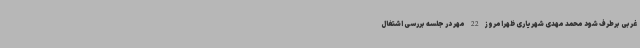
غربی برطرف شود محمد مهدی شهریاری ظهرامروز 22 مهر در جلسه بررسی اشتغال